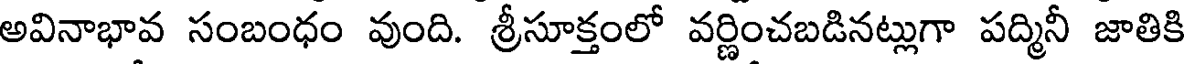
అవినాభావ సంబంధం వుంది. శ్రీసూక్తంలో వర్ణించబడినట్లుగా పద్మినీ జాతికి